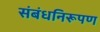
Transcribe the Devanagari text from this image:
संबंधनिरूपण